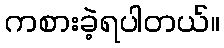
ကစားခဲ့ရပါတယ်။